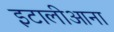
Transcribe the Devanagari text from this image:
इटालीआना